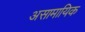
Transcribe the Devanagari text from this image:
असामायिक